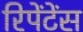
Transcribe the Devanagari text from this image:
रिपेंटेंस